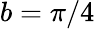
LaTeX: b=\pi/4